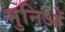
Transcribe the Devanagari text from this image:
मुनिओं